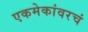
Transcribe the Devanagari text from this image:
एकमेकांवरचं